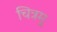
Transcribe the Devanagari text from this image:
चित्रमु